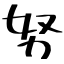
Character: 努